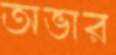
অভার